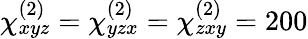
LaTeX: \chi_{xyz}^{(2)}=\chi_{yzx}^{(2)}=\chi_{zxy}^{(2)}=200